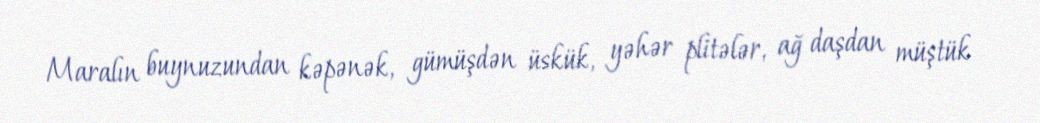
Maralın buynuzundan kəpənək, gümüşdən üskük, yəhər plitələr, ağ daşdan müştük